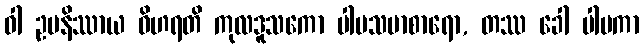
ဝါ ဥပနိဿာယ ဝိဟရတိ ကုလဒူသကော ပါပသမာစာရော, တဿ ခေါ ပါပကာ